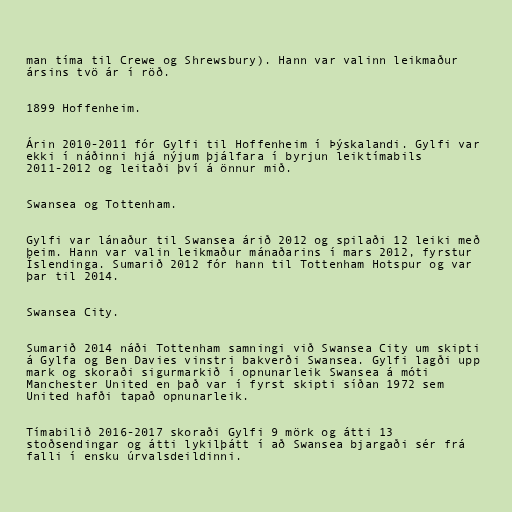
man tíma til Crewe og Shrewsbury). Hann var valinn leikmaður
ársins tvö ár í röð.

1899 Hoffenheim.

Árin 2010-2011 fór Gylfi til Hoffenheim í Þýskalandi. Gylfi var
ekki í náðinni hjá nýjum þjálfara í byrjun leiktímabils
2011-2012 og leitaði því á önnur mið.

Swansea og Tottenham.

Gylfi var lánaður til Swansea árið 2012 og spilaði 12 leiki með
þeim. Hann var valin leikmaður mánaðarins í mars 2012, fyrstur
Íslendinga. Sumarið 2012 fór hann til Tottenham Hotspur og var
þar til 2014.

Swansea City.

Sumarið 2014 náði Tottenham samningi við Swansea City um skipti
á Gylfa og Ben Davies vinstri bakverði Swansea. Gylfi lagði upp
mark og skoraði sigurmarkið í opnunarleik Swansea á móti
Manchester United en það var í fyrst skipti síðan 1972 sem
United hafði tapað opnunarleik.

Tímabilið 2016-2017 skoraði Gylfi 9 mörk og átti 13
stoðsendingar og átti lykilþátt í að Swansea bjargaði sér frá
falli í ensku úrvalsdeildinni.